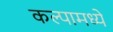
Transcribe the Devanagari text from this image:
कल्पामध्ये